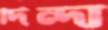
দিন্দা